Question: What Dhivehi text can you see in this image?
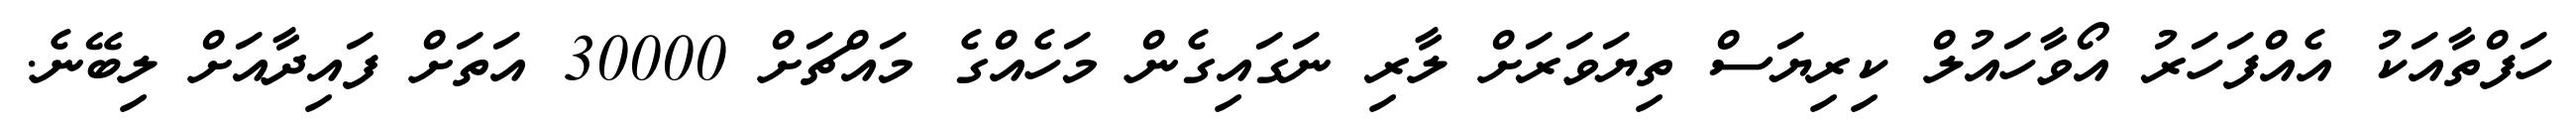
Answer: ހަފްތާއަކު އެއްފަހަރު އޯވާހައުލް ކިރިޔަސް ތިޔަވަރަށް ލާރި ނަގައިގެން މަހެއްގެ މައްޗަށް 30000 އަތަށް ފައިދާއަށް ލިބޭނެ.